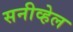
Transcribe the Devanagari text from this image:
सनीव्हेल